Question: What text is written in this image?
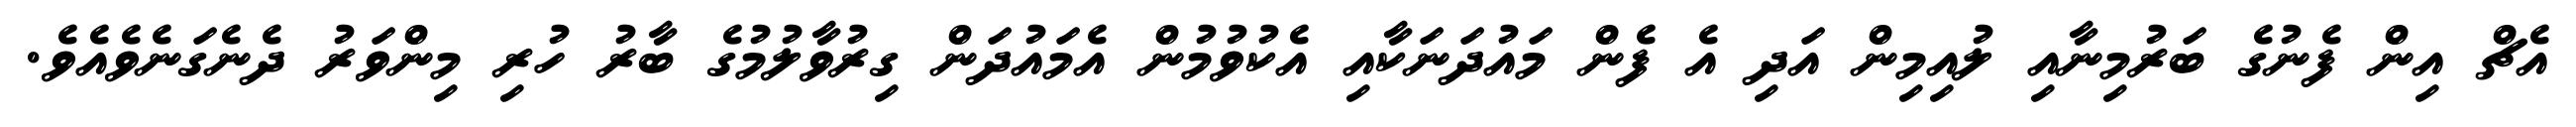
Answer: އެޗް އިން ފެނުގެ ބަރުމިނާއި ލުއިމިން އަދި އެ ފެން މައުދަނަކާއި އެކުވުމުން އެމައުދަން ގިރުވާލުމުގެ ބާރު ހުރި މިންވަރު ދެނެގަނެވެއެވެ.